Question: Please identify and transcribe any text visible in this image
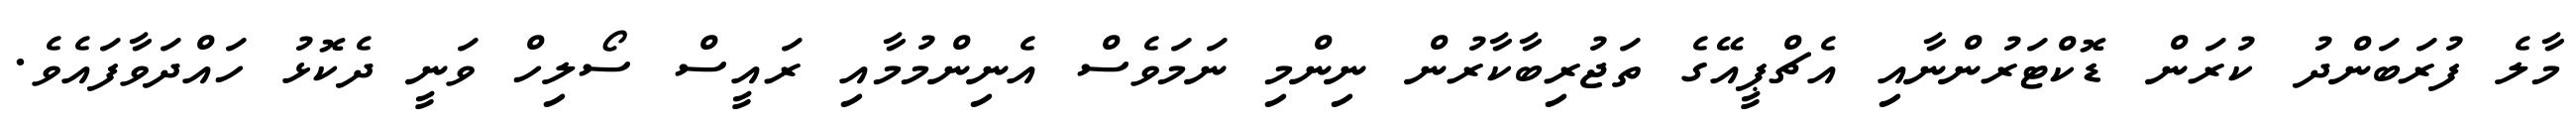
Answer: މާލެ ފުރަބަންދު ކުރަން ޑޮކްޓަރުންނާއި އެޗްޕީއޭގެ ތަޖުރިބާކާރުން ނިންމި ނަމަވެސް އެނިންމުމާއި ރައީސް ސޯލިހް ވަނީ ދެކޮޅު ހައްދަވާފައެވެ.